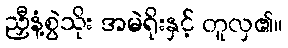
ညှီနံ့စွဲသိုး အမဲရိုးနှင့် တူလှ၏။